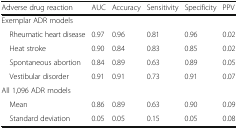
<table><thead><tr><td><b>Adverse drug reaction</b></td><td><b>AUC</b></td><td><b>Accuracy</b></td><td><b>Sensitivity</b></td><td><b>Specificity</b></td><td><b>PPV</b></td></tr></thead><tbody><tr><td colspan="6">Exemplar ADR models</td></tr><tr><td> Rheumatic heart disease</td><td>0.97</td><td>0.96</td><td>0.81</td><td>0.96</td><td>0.02</td></tr><tr><td> Heat stroke</td><td>0.90</td><td>0.84</td><td>0.83</td><td>0.85</td><td>0.02</td></tr><tr><td> Spontaneous abortion</td><td>0.84</td><td>0.89</td><td>0.63</td><td>0.89</td><td>0.05</td></tr><tr><td> Vestibular disorder</td><td>0.91</td><td>0.91</td><td>0.73</td><td>0.91</td><td>0.07</td></tr><tr><td colspan="6">All 1,096 ADR models</td></tr><tr><td> Mean</td><td>0.86</td><td>0.89</td><td>0.63</td><td>0.90</td><td>0.09</td></tr><tr><td> Standard deviation</td><td>0.05</td><td>0.05</td><td>0.15</td><td>0.05</td><td>0.08</td></tr></tbody></table>